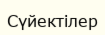
Сүйектілер